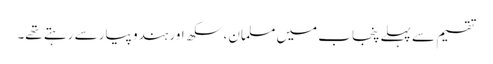
تقسیم سے پہلے پنجاب میں مسلمان، سکھ اور ہندو پیار سے رہتے تھے۔